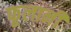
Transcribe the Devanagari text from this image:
फूलानी